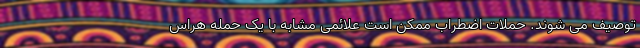
توصیف می شوند. حملات اضطراب ممکن است علائمی مشابه با یک حمله هراس